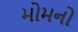
મોમનો